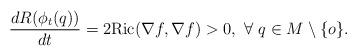
LaTeX: \begin{align*}\frac{d R(\phi_{t}(q))}{d t}=2{\rm Ric}(\nabla f,\nabla f)>0, ~\forall ~q\in M\setminus\{o\}.\end{align*}